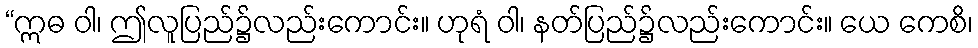
“ဣဓ ဝါ၊ ဤလူပြည်၌လည်းကောင်း။ ဟုရံ ဝါ၊ နတ်ပြည်၌လည်းကောင်း။ ယေ ကေစိ၊